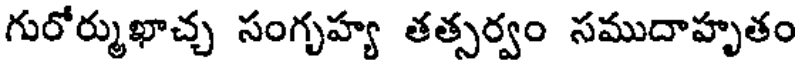
గురోర్ముఖాచ్చ సంగృహ్య తత్సర్వం సముదాహృతం